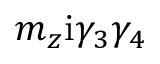
m _ { z } \mathrm { i } \gamma _ { 3 } \gamma _ { 4 }